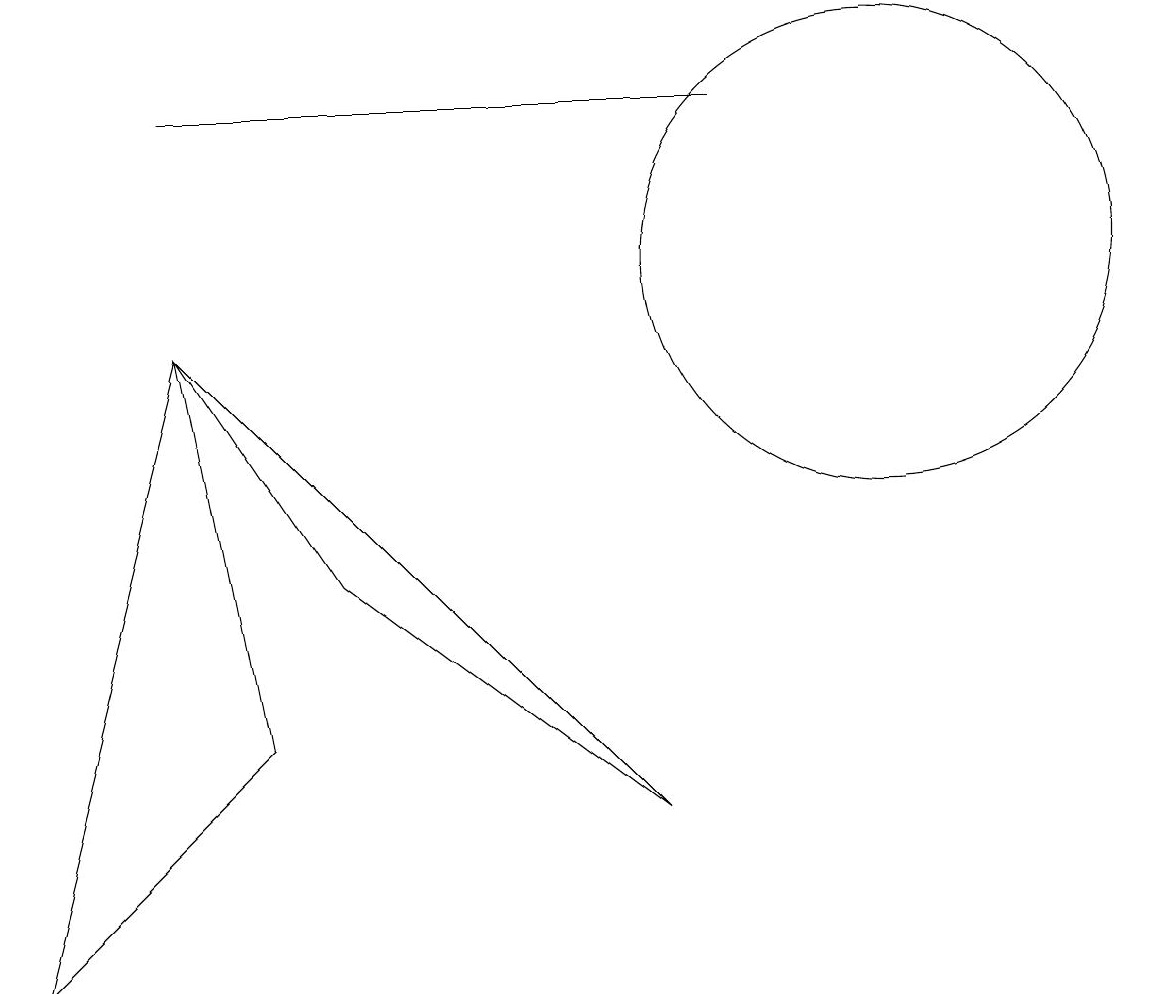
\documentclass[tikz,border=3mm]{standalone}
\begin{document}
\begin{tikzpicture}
\draw (9,12) rectangle (2,12);
\draw (11,10) circle (3);
\draw (2,9) -- (4,6) -- (8,3) -- cycle;
\draw (2,9) -- (3,4) -- (0,1) -- cycle;
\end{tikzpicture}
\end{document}